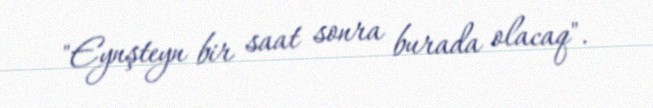
"Eynşteyn bir saat sonra burada olacaq".